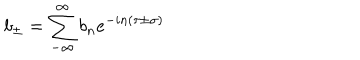
b _ { \pm } = \sum _ { - \infty } ^ { \infty } b _ { n } e ^ { - i n \left( \tau \pm \sigma \right) }